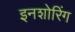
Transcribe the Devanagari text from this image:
इनशोरिंग